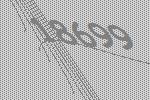
18699